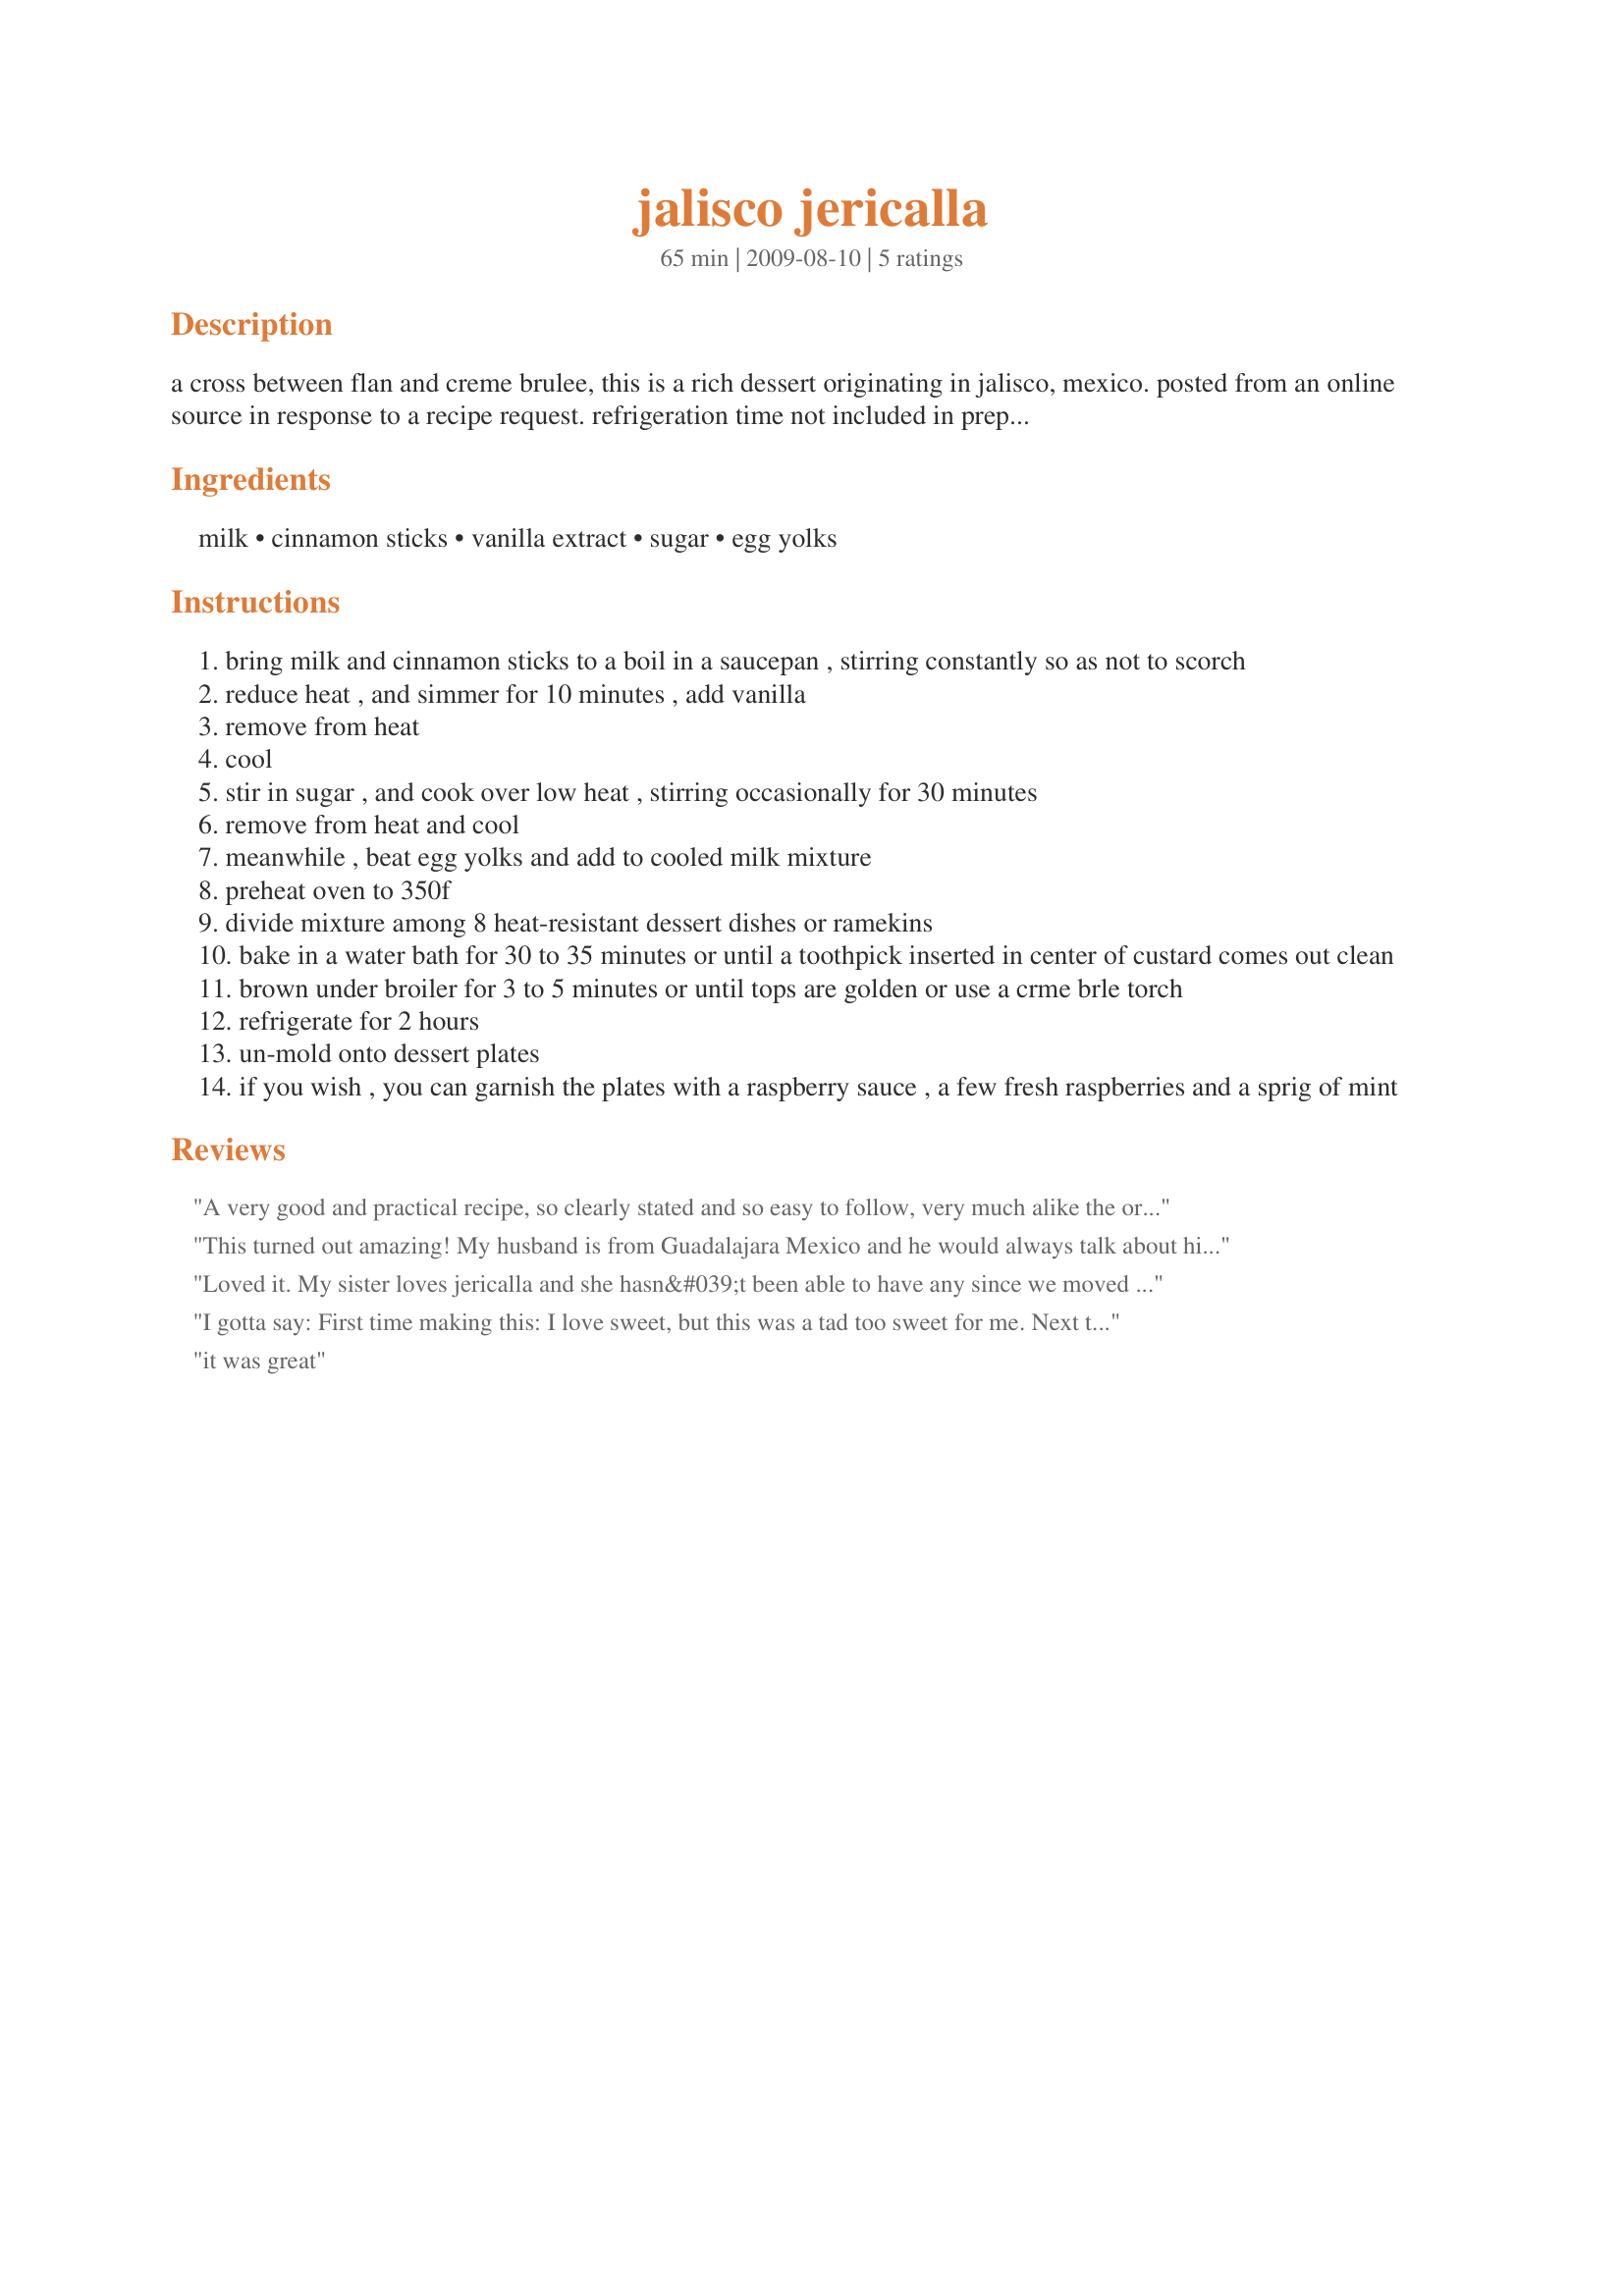
jalisco jericalla
Preparation time: 65 minutes

a cross between flan and creme brulee, this is a rich dessert originating in jalisco, mexico. posted from an online source in response to a recipe request. refrigeration time not included in preparation time.

Ingredients:
milk, cinnamon sticks, vanilla extract, sugar, egg yolks

Steps:
bring milk and cinnamon sticks to a boil in a saucepan , stirring constantly so as not to scorch
reduce heat , and simmer for 10 minutes , add vanilla
remove from heat
cool
stir in sugar , and cook over low heat , stirring occasionally for 30 minutes
remove from heat and cool
meanwhile , beat egg yolks and add to cooled milk mixture
preheat oven to 350f
divide mixture among 8 heat-resistant dessert dishes or ramekins
bake in a water bath for 30 to 35 minutes or until a toothpick inserted in center of custard comes out clean
brown under broiler for 3 to 5 minutes or until tops are golden or use a crme brle torch
refrigerate for 2 hours
un-mold onto dessert plates
if you wish , you can garnish the plates with a raspberry sauce , a few fresh raspberries and a sprig of mint

Reviews:
A very good and practical recipe, so clearly stated and so easy to follow, very much alike the original, old times recipe.
This turned out amazing! My husband is from Guadalajara Mexico and he would always talk about his mom's jericalla. I made flan alot but never tried jericalla. I bought some local organic raw cows milk and made this for him one night. It turned out perfect, and he said it was like his mama used to make. You can't give a greater gift to someone you love than to make something a loved one used to make. Thank you for posting this recipe.
Loved it. My sister loves jericalla and she hasn&#039;t been able to have any since we moved from California. She really loved it when i made it! I agree that it took a bit longer than stated but the result was worth the wait.
I gotta say: First time making this: I love sweet, but this was a tad too sweet for me. Next time, I will modify the recipe to only 1.25 c. sugar. The other thing that was baffling, was that it took literally 2 hours in the oven at 350 degrees. It was not thickening up. But, the final call is what the family and I thought about how it tasted. DELICIOUS! Two thumbs up. 5 stars across the board. I will follow up with the recipe with less sugar next time. Thank you for sharing this.
it was great
